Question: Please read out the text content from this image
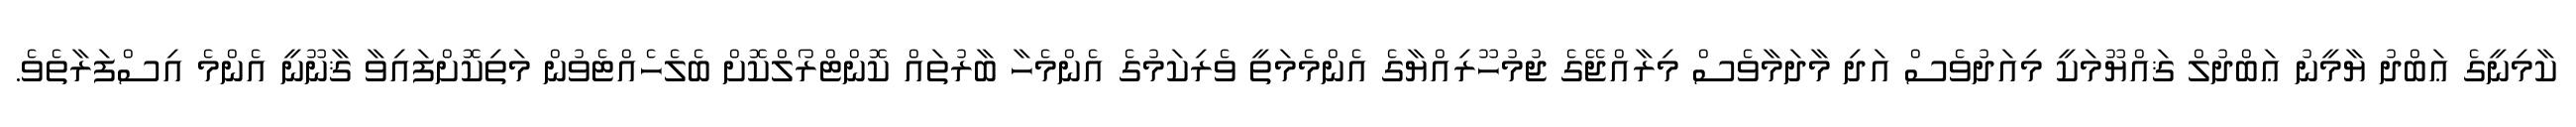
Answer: ކާމިނީގެ ޢަބްދު ޔާމީނު ޢަބްދުލް ޤައްޔޫމަކީ މިއަދުވެސް އަދި މާދަމާވެސް މިރާއްޖޭގެ ޖުމުހޫރިއްޔާގެ އެންމެމަތީ ވެރިކަމުގެ އެންމެހާ ބާރުތައް ކޮންޓްރޯލްކޮށް ބެލެހެއްޓެވުން މަތިކޮށްފައިވާ ޤާނޫނީ އެންމެ އިސްފަރާތެވެ.